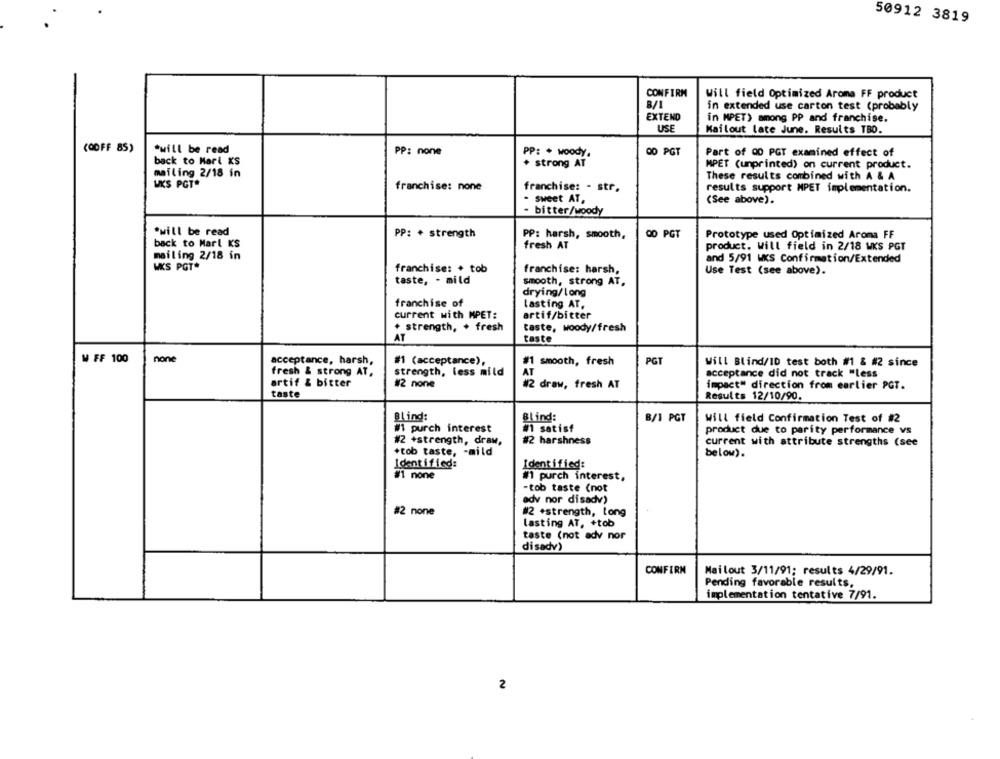
50912 3819
CONFIRM
Will field Optimized Aroma FF product
B/1
in extended use carton test (probably
EXTEND
in MPET) among PP and franchise.
USE
Kailout late June. Results TBO.
(OOFF 85)
*will be read
PP: none
PP: + woody.
OD PGT
Part of 00 PCT examined effect of
back to Marl KS
. strong AT
MPET (unprinted) on current product.
mailing 2/18 in
These results combined with A & A
WKS PGT*
franchise: none
franchise: - str.
results support MPET implementation.
- sweet AT,
(See above).
- bitter/woody
*will be read
PP: + strength
PP: harsh, smooth,
00 PGT
Prototype used Optimized Aroma FF
back to Marl KS
fresh AT
product. Will field in 2/18 WKS PGT
mailing 2/18 in
and 5/91 WKS Confirmation/Extended
WKS PGT
franchise: + tob
franchise: harsh,
Use Test (see above).
taste, - mild
smooth, strong AT,
drying/long
franchise of
lasting AT,
current with MPET:
artif/bitter
+ strength, . fresh
taste, woody/fresh
AT
taste
W FF 100
none
acceptance, harsh,
#1 (acceptance),
#1 smooth, fresh
PGT
Will Blind/ID test both #1 & #2 since
fresh & strong AT,
strength, less mild
AT
acceptance did not track "Less
artif & bitter
#2 none
#2 draw, fresh AT
impact" direction from earlier PCT.
taste
Results 12/10/90.
Blind:
Blind:
B/1 PGT
Will field Confirmation Test of #2
#1 purch interest
#1 satisf
product due to parity performance vs
#2 +strength, draw,
#2 harshness
current with attribute strengths (see
+tob taste, - mild
below).
Identified:
Identified:
#1 none
#1 purch interest,
-tob taste (not
adv nor disadv)
#2 none
#2 +strength, long
lasting AT, +tob
taste (not adv nor
disadv)
CONFIRM
Mailout 3/11/91; results 4/29/91.
Pending favorable results,
implementation tentative 7/91.
2